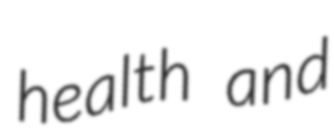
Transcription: health and